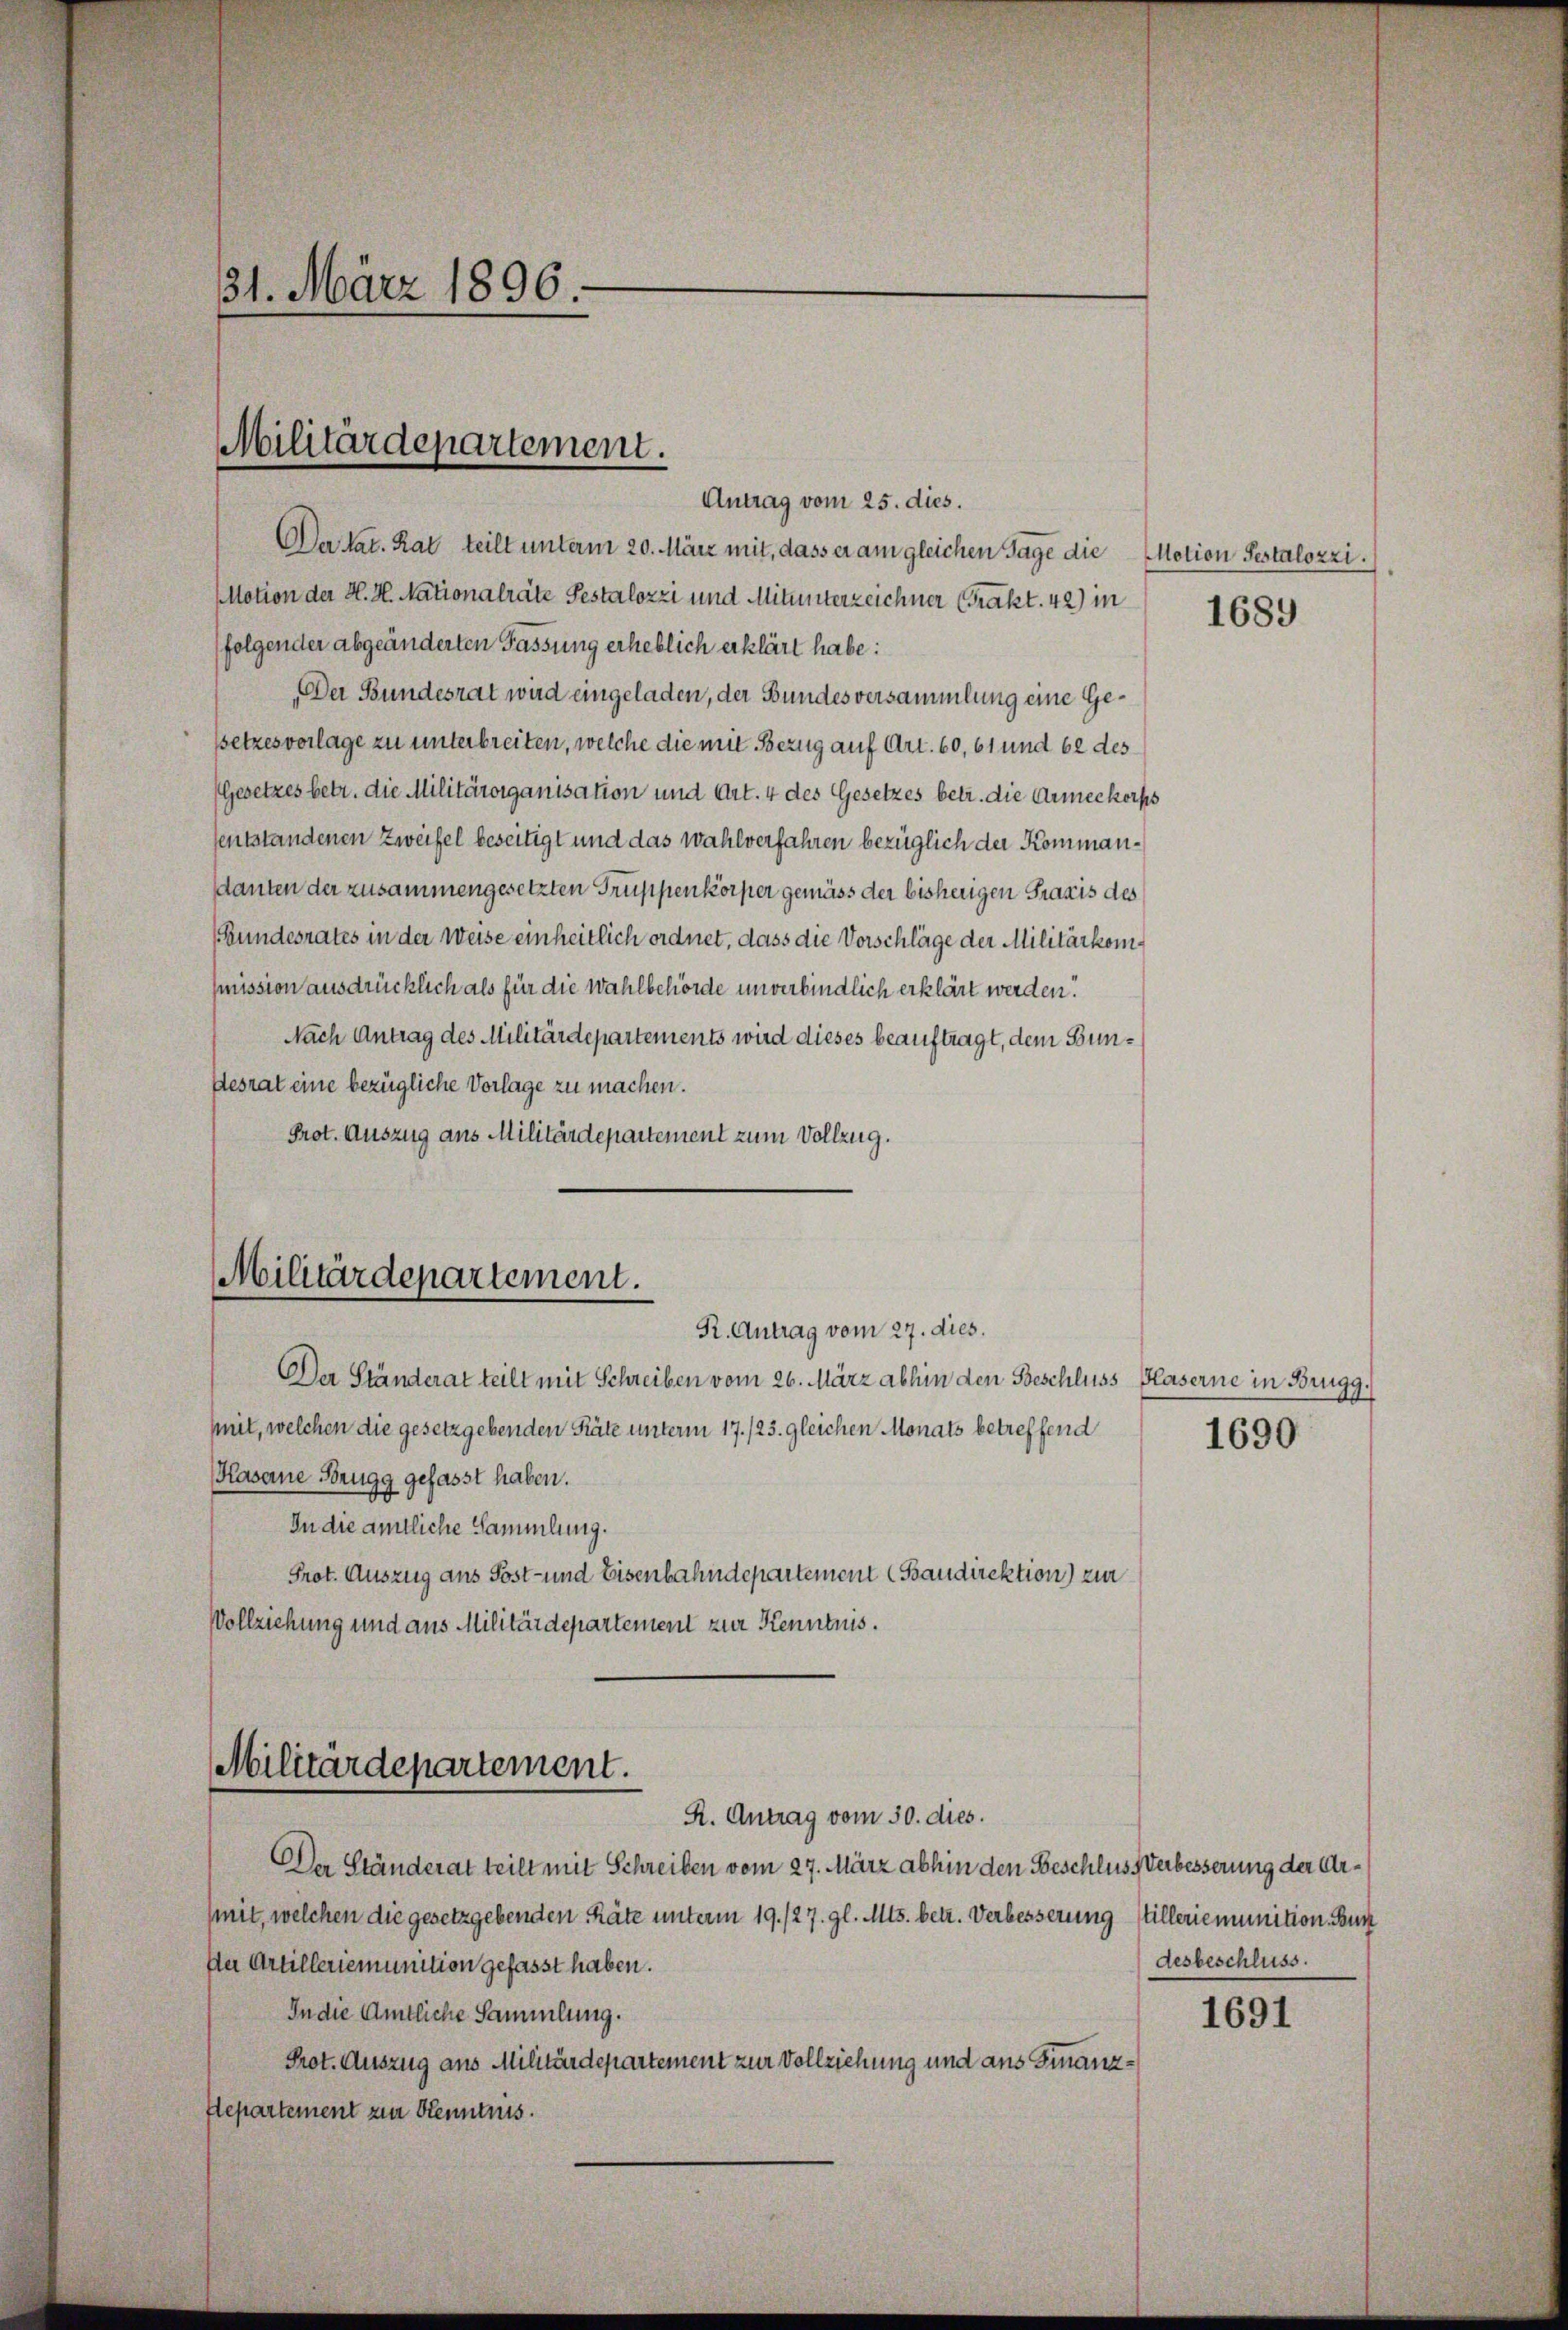
31. März 1896.

Militärdepartement.

Da hat. Rat teilt unterm 20. März mit, dass er am gleichen Tage die
Motion der H. H. Nationalräte Pestalozzi und Mitunterzeichner (Prakt. 42) in
folgender abgeänderten Fassung erheblich erklärt habe:
„Der Bundesrat wird eingeladen, der Bundesversammlung eine Gesetzes vorlage zu unterbreiten, welche die mit Bezug auf Art. 60, 61 und 62 des
(Gesetzes betr. die Militärorganisation und Art. 4 des Gesetzes betr. die Armeekorf
sentstandenen Zweifel beseitigt und das Wahlverfahren bezüglich der Kommandanten der zusammengesetzten Truppenkörper gemäss der bisherigen Praxis des
undesrates in der Weise einheitlich ordnet, dass die Vorschläge der Militärkomsmission ausdrücklich als für die Wahlbehörde unverbindlich erklärt werden.
Nach Antrag des Militärdepartements wird dieses beauftragt, dem Bundesrat eine bezügliche Vorlage zu machen.
Prot. Auszug aus Militärdepartement zum Vollzug.
Der Ständerat teilt mit Schreiben vom 26. März abhin den Beschluss Haserne in Brugg,
mit, welchen die gesetzgebenden Räte unterm 17./25. gleichen Monats betreffend
Kaserne Brugg gefasst haben.
In die amtliche Sammlung.
Prot. Auszug aus Post- und Eisenbahndepartement (Baudirektion zur
Vollziehung und aus Militärdepartement zur Kenntnis.
Militärdepartement.
R. Antrag vom 30. dies.
Der Ständerat teilt mit Schreiben vom 27. März abhin den Beschluss Verbesserung der Armit, welchen die gesetzgebenden Räte unterm 19. 127. gl. Mts. betr. Verbesserung Willeriemunition Bun
Da Artilleriemunition gefasst haben.
In die Amtliche Sammlung.
Prot. Auszug aus Militärdepartement zur Vollziehung und aus Finanz¬
Separtement zur Kenntnis.

Militärdepartement.
R. Antrag vom 27. dies.

Motion Pestalozzi.

1689

1690

desbeschluss.

1691